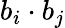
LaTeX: b_{i}\cdot b_{j}